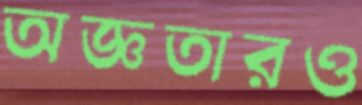
অজ্ঞতারও